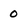
Character: 0